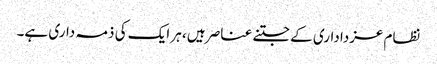
نظام عزداداری کے جتنے عناصر ہیں، ہر ایک کی ذمہ داری ہے۔